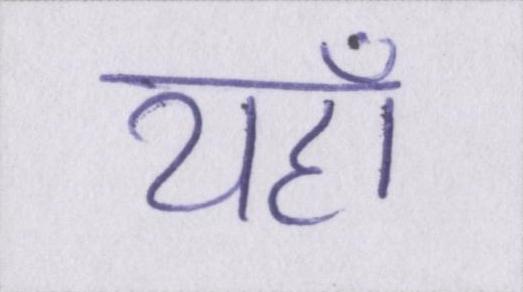
यहाँ